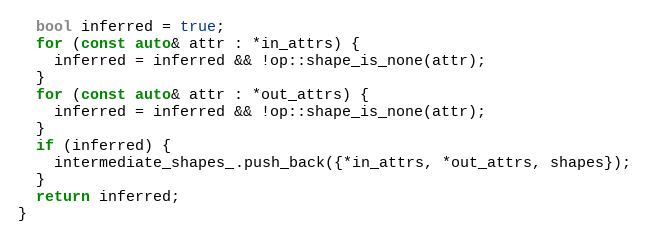
Language: C++
  bool inferred = true;
  for (const auto& attr : *in_attrs) {
    inferred = inferred && !op::shape_is_none(attr);
  }
  for (const auto& attr : *out_attrs) {
    inferred = inferred && !op::shape_is_none(attr);
  }
  if (inferred) {
    intermediate_shapes_.push_back({*in_attrs, *out_attrs, shapes});
  }
  return inferred;
}